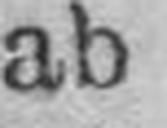
ab